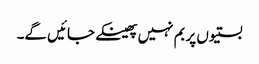
بستیوں پر بم نہیں پھینکے جائیں گے۔